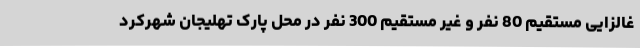
غالزایی مستقیم 80 نفر و غیر مستقیم 300 نفر در محل پارک تهلیجان شهرکرد